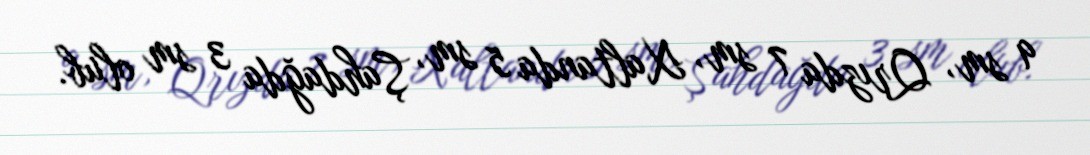
9 sm, Qrızda 7 sm, Xaltanda 5 sm, Şahdağda 3 sm olub.